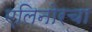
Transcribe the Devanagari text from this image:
एलिनोरचा